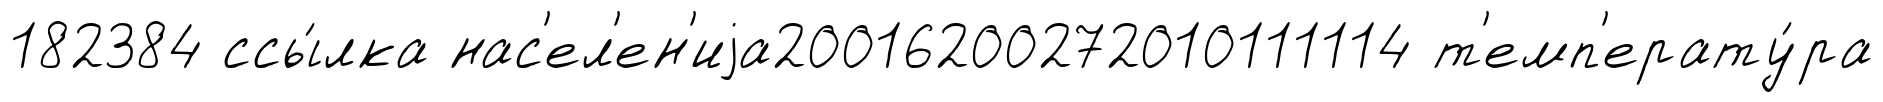
182384 ссы́лка нас'ел'ен'иjа20016200272010111114 т'емп'ерату́ра